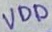
Text: VDD